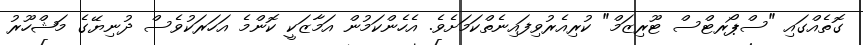
ގޮތެއްގައި "ސްޕޯރޓްސް ޓޫރިޒަމް" ކުރިއެރުވިފައިނެތްކަމަށެވެ. އެހެންކަމުން އަމާޒަކީ ކޮންމެ އަހަރަކުވެސް ދުނިޔޭގެ މަޝްހޫރު